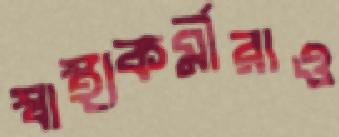
স্বাস্থ্যকর্মীরাও